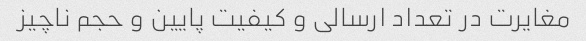
مغایرت در تعداد ارسالی و کیفیت پایین و حجم ناچیز